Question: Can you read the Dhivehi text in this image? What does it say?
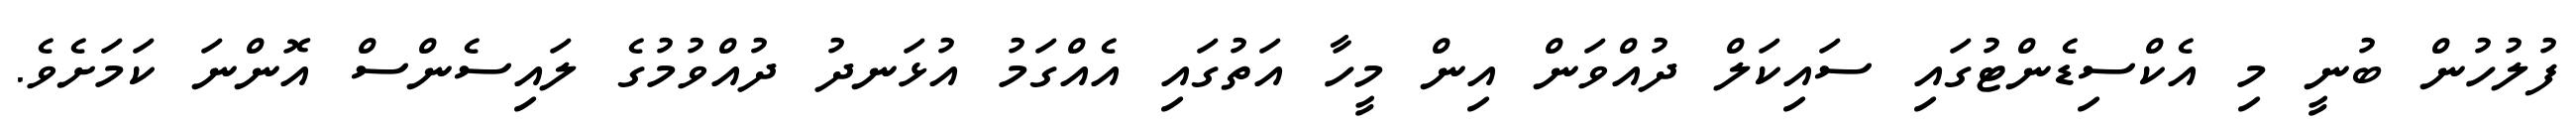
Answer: ފުލުހުން ބުނީ މި އެކްސިޑެންޓުގައި ސައިކަލް ދުއްވަން އިން މީހާ އަތުގައި އެއްގަމު އުޅަނދު ދުއްވުމުގެ ލައިސެންސް އޮންނަ ކަމަށެވެ.